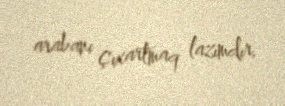
arabanı çıxartmaq lazımdır.